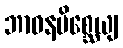
ဘာဝနမိစ္ဆေယျ